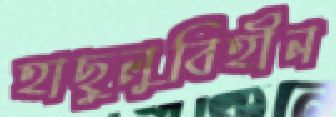
হাছুলুবিহীন